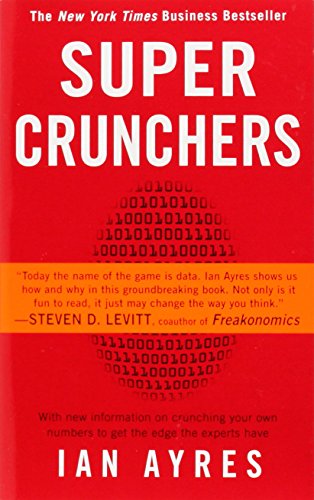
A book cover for Super Crunchers: Why Thinking-By-Numbers is the New Way To Be Smart; Ian Ayres; Computers & Technology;